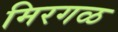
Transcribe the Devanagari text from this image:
मिरगळ